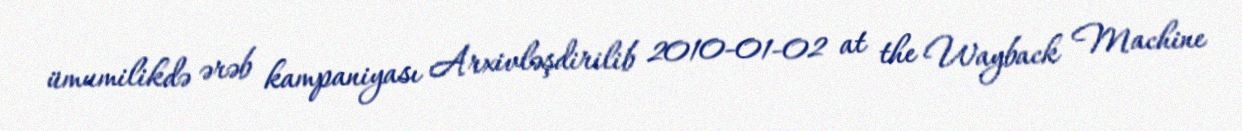
ümumilikdə ərəb kampaniyası Arxivləşdirilib 2010-01-02 at the Wayback Machine